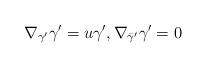
LaTeX: \begin{align*} \nabla_{\gamma^\prime}\gamma^\prime = u\gamma^\prime, \nabla_{\bar\gamma^\prime}\gamma^\prime = 0\end{align*}